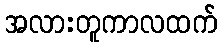
အလားတူကာလထက်